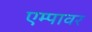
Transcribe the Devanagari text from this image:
एम्पावर